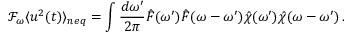
\mathcal { F } _ { \omega } \langle u ^ { 2 } ( t ) \rangle _ { n e q } = \int \frac { d \omega ^ { \prime } } { 2 \pi } \hat { F } ( \omega ^ { \prime } ) \hat { F } ( \omega - \omega ^ { \prime } ) \hat { \chi } ( \omega ^ { \prime } ) \hat { \chi } ( \omega - \omega ^ { \prime } ) \, .